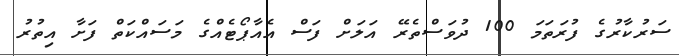
ސަރުކާރުގެ ފުރަތަމަ 100 ދުވަސްތެރޭ އަލަށް ފަސް އެއާޕޯޓެއްގެ މަސައްކަތް ފަށާ އިތުރު